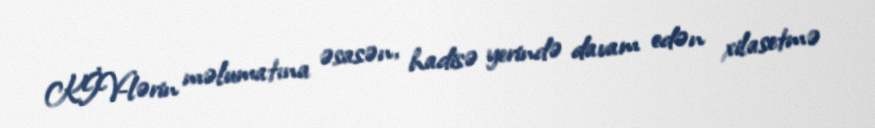
KİV-lərin məlumatına əsasən, hadisə yerində davam edən xilasetmə